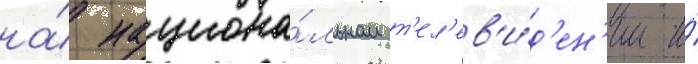
на́ национа́льном т'ел'ев'и́д'ен'ии и́